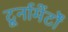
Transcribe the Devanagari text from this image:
टूर्नामेंर्टों